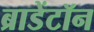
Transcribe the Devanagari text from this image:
ब्राडेंटॉन